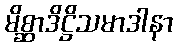
မိစ္ဆာဒိဋ္ဌိသမာဒါနာ